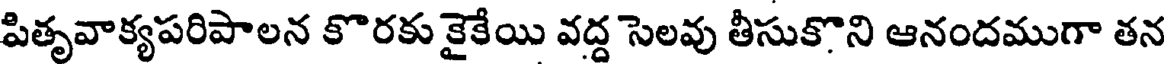
పితృవాక్యపరిపాలన కొరకు కైకేయి వద్ద సెలవు తీసుకొని ఆనందముగా తన